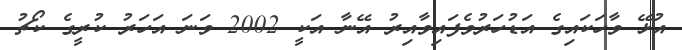
އުޅޭ ވާހަކައިގެ އަޑުހަރުވެފައިވާއިރު އޭނާ އަކީ 2002 ވަނަ އަހަރު ކުރީގެ ކޯޗު